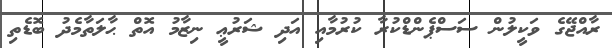
ރާއްޖޭގެ ވަކީލުން ސަސްޕެންޑްކުރާ ކުރުމާއި އަދި ޝަރުޢީ ނިޒާމު އޮތް ޙާލަތާމެދު ބޮޑެތި